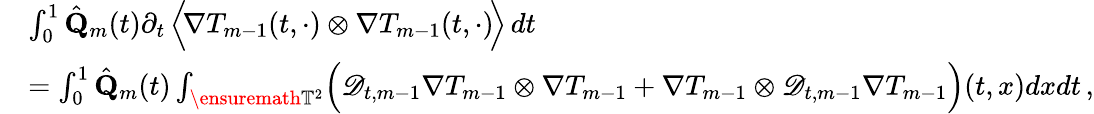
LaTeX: \begin{array}{rl}&{\int_{0}^{1}\hat{\mathbf{Q}}_{m}(t)\partial_{t}\, \Bigl\langle\! \nabla T_{m-1}(t,\cdot)\otimes\nabla T_{m-1}(t,\cdot)\! \Bigr\rangle\, dt}\\ &{=\int_{0}^{1}\hat{\mathbf{Q}}_{m}(t)\int_{\ensuremath{\mathbb{T}}^{2}}\Bigl(\mathscr{D}_{t,m-1}\nabla T_{m-1}\otimes\nabla T_{m-1}+\nabla T_{m-1}\otimes\mathscr{D}_{t,m-1}\nabla T_{m-1}\Bigr)(t,x)dxdt\, ,}\end{array}